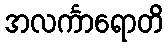
အလင်္ကာရောတိ